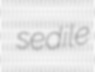
sedile